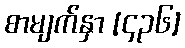
စာမျက်နှာ [၄၃၆]